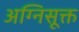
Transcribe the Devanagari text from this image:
अग्निसूक्त